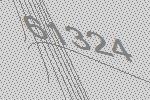
61324